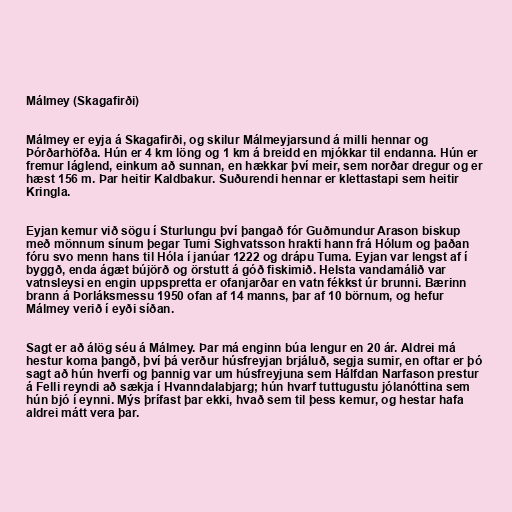
Málmey (Skagafirði)

Málmey er eyja á Skagafirði, og skilur Málmeyjarsund á milli hennar og
Þórðarhöfða. Hún er 4 km löng og 1 km á breidd en mjókkar til endanna. Hún er
fremur láglend, einkum að sunnan, en hækkar því meir, sem norðar dregur og er
hæst 156 m. Þar heitir Kaldbakur. Suðurendi hennar er klettastapi sem heitir
Kringla.

Eyjan kemur við sögu í Sturlungu því þangað fór Guðmundur Arason biskup
með mönnum sínum þegar Tumi Sighvatsson hrakti hann frá Hólum og þaðan
fóru svo menn hans til Hóla í janúar 1222 og drápu Tuma. Eyjan var lengst af í
byggð, enda ágæt bújörð og örstutt á góð fiskimið. Helsta vandamálið var
vatnsleysi en engin uppspretta er ofanjarðar en vatn fékkst úr brunni. Bærinn
brann á Þorláksmessu 1950 ofan af 14 manns, þar af 10 börnum, og hefur
Málmey verið í eyði síðan.

Sagt er að álög séu á Málmey. Þar má enginn búa lengur en 20 ár. Aldrei má
hestur koma þangð, því þá verður húsfreyjan brjáluð, segja sumir, en oftar er þó
sagt að hún hverfi og þannig var um húsfreyjuna sem Hálfdan Narfason prestur
á Felli reyndi að sækja í Hvanndalabjarg; hún hvarf tuttugustu jólanóttina sem
hún bjó í eynni. Mýs þrífast þar ekki, hvað sem til þess kemur, og hestar hafa
aldrei mátt vera þar.